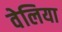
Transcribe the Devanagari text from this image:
वेलिया